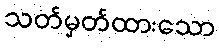
သတ်မှတ်ထားသော